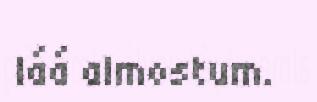
láá almostum.